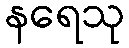
နရေသု